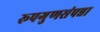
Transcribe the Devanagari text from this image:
रूपगुणसंपन्ना